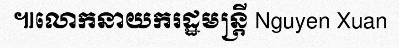
៕លោកនាយករដ្ឋមន្ត្រី Nguyen Xuan